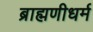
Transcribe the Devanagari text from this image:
ब्राह्मणीधर्म